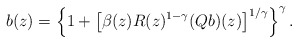
\begin{align*} b(z) = \left\{ 1 + \left[\beta(z) R(z)^{1-\gamma} (Q b)(z)\right]^{1/\gamma} \right\}^\gamma.\end{align*}